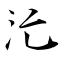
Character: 汒